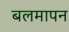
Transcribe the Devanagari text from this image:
बलमापन